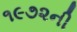
૧૯૭૨ની